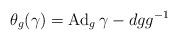
LaTeX: \begin{align*}\theta_g(\gamma)=\operatorname{Ad}_{g}\gamma-dgg^{-1}\end{align*}